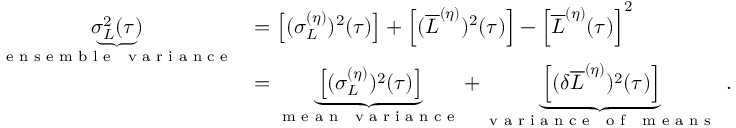
\begin{array} { r l } { \underbrace { \sigma _ { L } ^ { 2 } ( \tau ) } _ { \mathrm { \textrm { e n s e m b l e ~ v a r i a n c e } } } } & { = \left[ ( \sigma _ { L } ^ { ( \eta ) } ) ^ { 2 } ( \tau ) \right] + \left[ ( \overline { { L } } ^ { ( \eta ) } ) ^ { 2 } ( \tau ) \right] - \left[ \overline { { L } } ^ { ( \eta ) } ( \tau ) \right] ^ { 2 } } \\ & { = \underbrace { \left[ ( \sigma _ { L } ^ { ( \eta ) } ) ^ { 2 } ( \tau ) \right] } _ { \mathrm { \textrm { m e a n ~ v a r i a n c e } } } + \underbrace { \left[ ( \delta \overline { { L } } ^ { ( \eta ) } ) ^ { 2 } ( \tau ) \right] } _ { \mathrm { \textrm { v a r i a n c e ~ o f ~ m e a n s } } } \ . } \end{array}